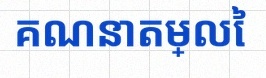
គណនាតម្លៃ